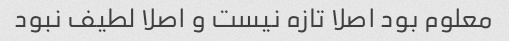
معلوم بود اصلا تازه نیست و اصلا لطیف نبود